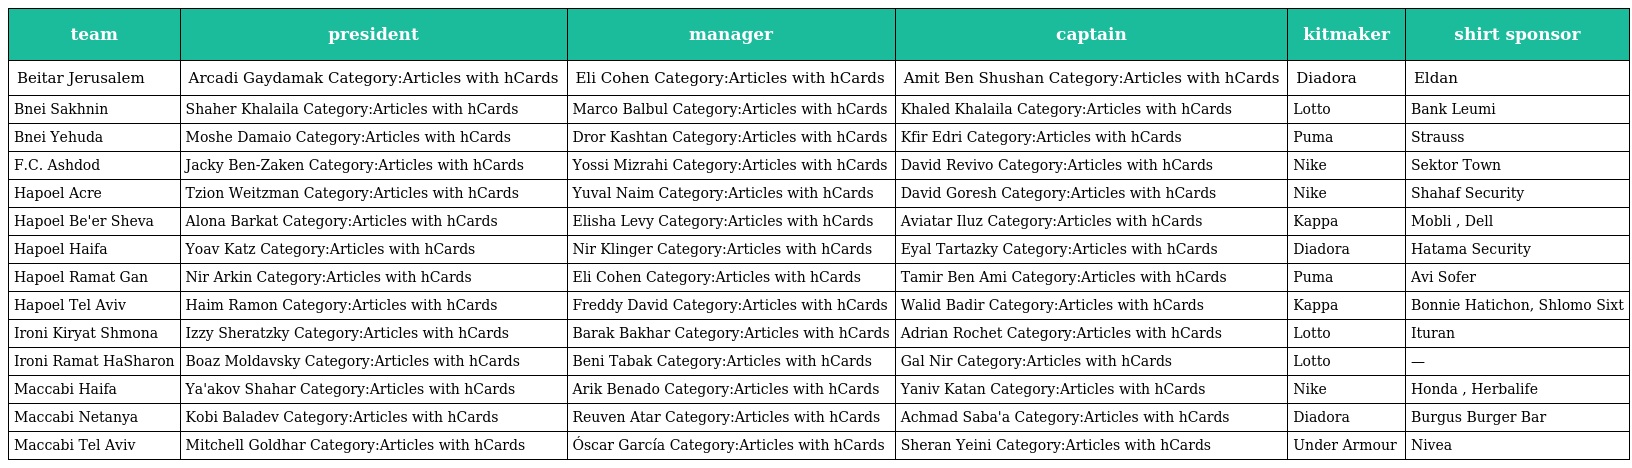
| team | president | manager | captain | kitmaker | shirt sponsor |
 | --- | --- | --- | --- | --- | --- |
 | Beitar Jerusalem | Arcadi Gaydamak Category:Articles with hCards | Eli Cohen Category:Articles with hCards | Amit Ben Shushan Category:Articles with hCards | Diadora | Eldan |
 | Bnei Sakhnin | Shaher Khalaila Category:Articles with hCards | Marco Balbul Category:Articles with hCards | Khaled Khalaila Category:Articles with hCards | Lotto | Bank Leumi |
 | Bnei Yehuda | Moshe Damaio Category:Articles with hCards | Dror Kashtan Category:Articles with hCards | Kfir Edri Category:Articles with hCards | Puma | Strauss |
 | F.C. Ashdod | Jacky Ben-Zaken Category:Articles with hCards | Yossi Mizrahi Category:Articles with hCards | David Revivo Category:Articles with hCards | Nike | Sektor Town |
 | Hapoel Acre | Tzion Weitzman Category:Articles with hCards | Yuval Naim Category:Articles with hCards | David Goresh Category:Articles with hCards | Nike | Shahaf Security |
 | Hapoel Be'er Sheva | Alona Barkat Category:Articles with hCards | Elisha Levy Category:Articles with hCards | Aviatar Iluz Category:Articles with hCards | Kappa | Mobli , Dell |
 | Hapoel Haifa | Yoav Katz Category:Articles with hCards | Nir Klinger Category:Articles with hCards | Eyal Tartazky Category:Articles with hCards | Diadora | Hatama Security |
 | Hapoel Ramat Gan | Nir Arkin Category:Articles with hCards | Eli Cohen Category:Articles with hCards | Tamir Ben Ami Category:Articles with hCards | Puma | Avi Sofer |
 | Hapoel Tel Aviv | Haim Ramon Category:Articles with hCards | Freddy David Category:Articles with hCards | Walid Badir Category:Articles with hCards | Kappa | Bonnie Hatichon, Shlomo Sixt |
 | Ironi Kiryat Shmona | Izzy Sheratzky Category:Articles with hCards | Barak Bakhar Category:Articles with hCards | Adrian Rochet Category:Articles with hCards | Lotto | Ituran |
 | Ironi Ramat HaSharon | Boaz Moldavsky Category:Articles with hCards | Beni Tabak Category:Articles with hCards | Gal Nir Category:Articles with hCards | Lotto | — |
 | Maccabi Haifa | Ya'akov Shahar Category:Articles with hCards | Arik Benado Category:Articles with hCards | Yaniv Katan Category:Articles with hCards | Nike | Honda , Herbalife |
 | Maccabi Netanya | Kobi Baladev Category:Articles with hCards | Reuven Atar Category:Articles with hCards | Achmad Saba'a Category:Articles with hCards | Diadora | Burgus Burger Bar |
 | Maccabi Tel Aviv | Mitchell Goldhar Category:Articles with hCards | Óscar García Category:Articles with hCards | Sheran Yeini Category:Articles with hCards | Under Armour | Nivea |